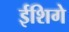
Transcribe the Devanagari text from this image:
ईशिगे